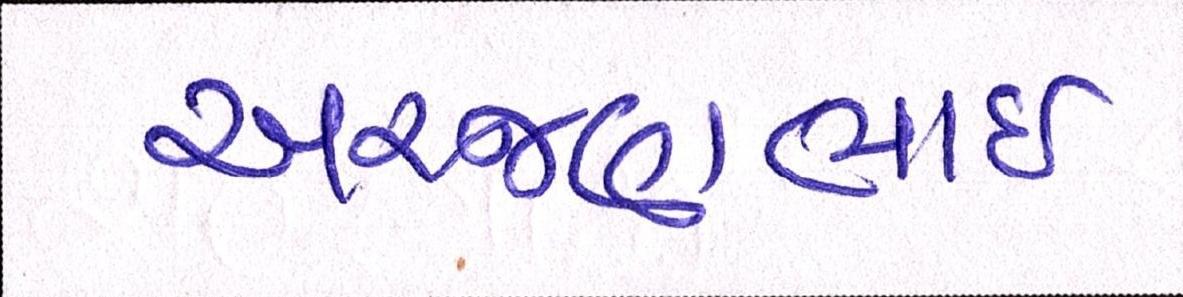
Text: અરજણભાઇ